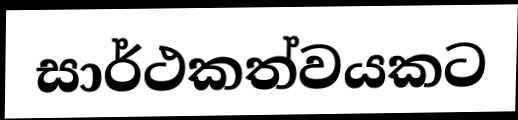
සාර්ථකත්වයකට